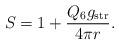
LaTeX: \begin{align*}S=1+\frac{Q_6g_{\rm str}}{4\pi r}.\end{align*}